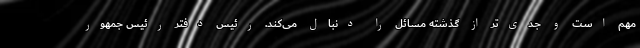
مهم است و جدی‌تر از گذشته مسائل را دنبال می‌کند. رئیس دفتر رئیس جمهور